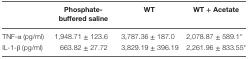
|  | Phosphate-buffered saline | WT | WT + Acetate |
 | --- | --- | --- | --- |
 | TNF-α (pg/ml) | 1,948.71 ± 123.6 | 3,787.36 ± 187.0 | 2,078.87 ± 589.1* |
 | IL-1-β (pg/ml) | 663.82 ± 27.72 | 3,829.19 ± 396.19 | 2,261.96 ± 833.55* |